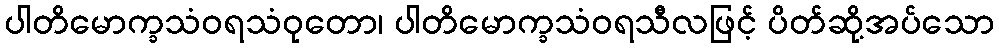
ပါတိမောက္ခသံဝရသံဝုတော၊ ပါတိမောက္ခသံဝရသီလဖြင့် ပိတ်ဆို့အပ်သော